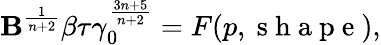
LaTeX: \mathbf{B}^{\frac{{1}}{{n+2}}}\beta\tau\gamma_{0}^{\frac{{3n+5}}{{n+2}}}=F(p,\mathrm{{~s~h~a~p~e~}}),